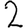
Digit: 2